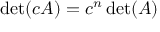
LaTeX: \operatorname* { d e t } ( c A ) = c ^ { n } \operatorname* { d e t } ( A )